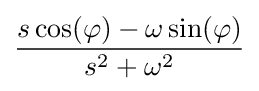
{\frac {s\cos(\varphi )-\omega \sin(\varphi )}{s^{2}+\omega ^{2}}}